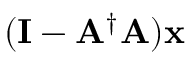
( \mathbf { I } - \mathbf { A } ^ { \dagger } \mathbf { A } ) \mathbf { x }